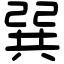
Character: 𢁉